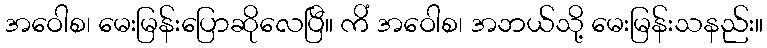
အဝေါစ၊ မေးမြန်းပြောဆိုလေပြီ။ ကိံ အဝေါစ၊ အဘယ်သို့ မေးမြန်းသနည်း။